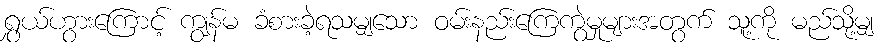
ရွှယ်ဟွားကြောင့် ကျွန်မ ခံစားခဲ့ရသမျှသော ဝမ်းနည်းကြေကွဲမှုများအတွက် သူ့ကို မည်သို့မျှ